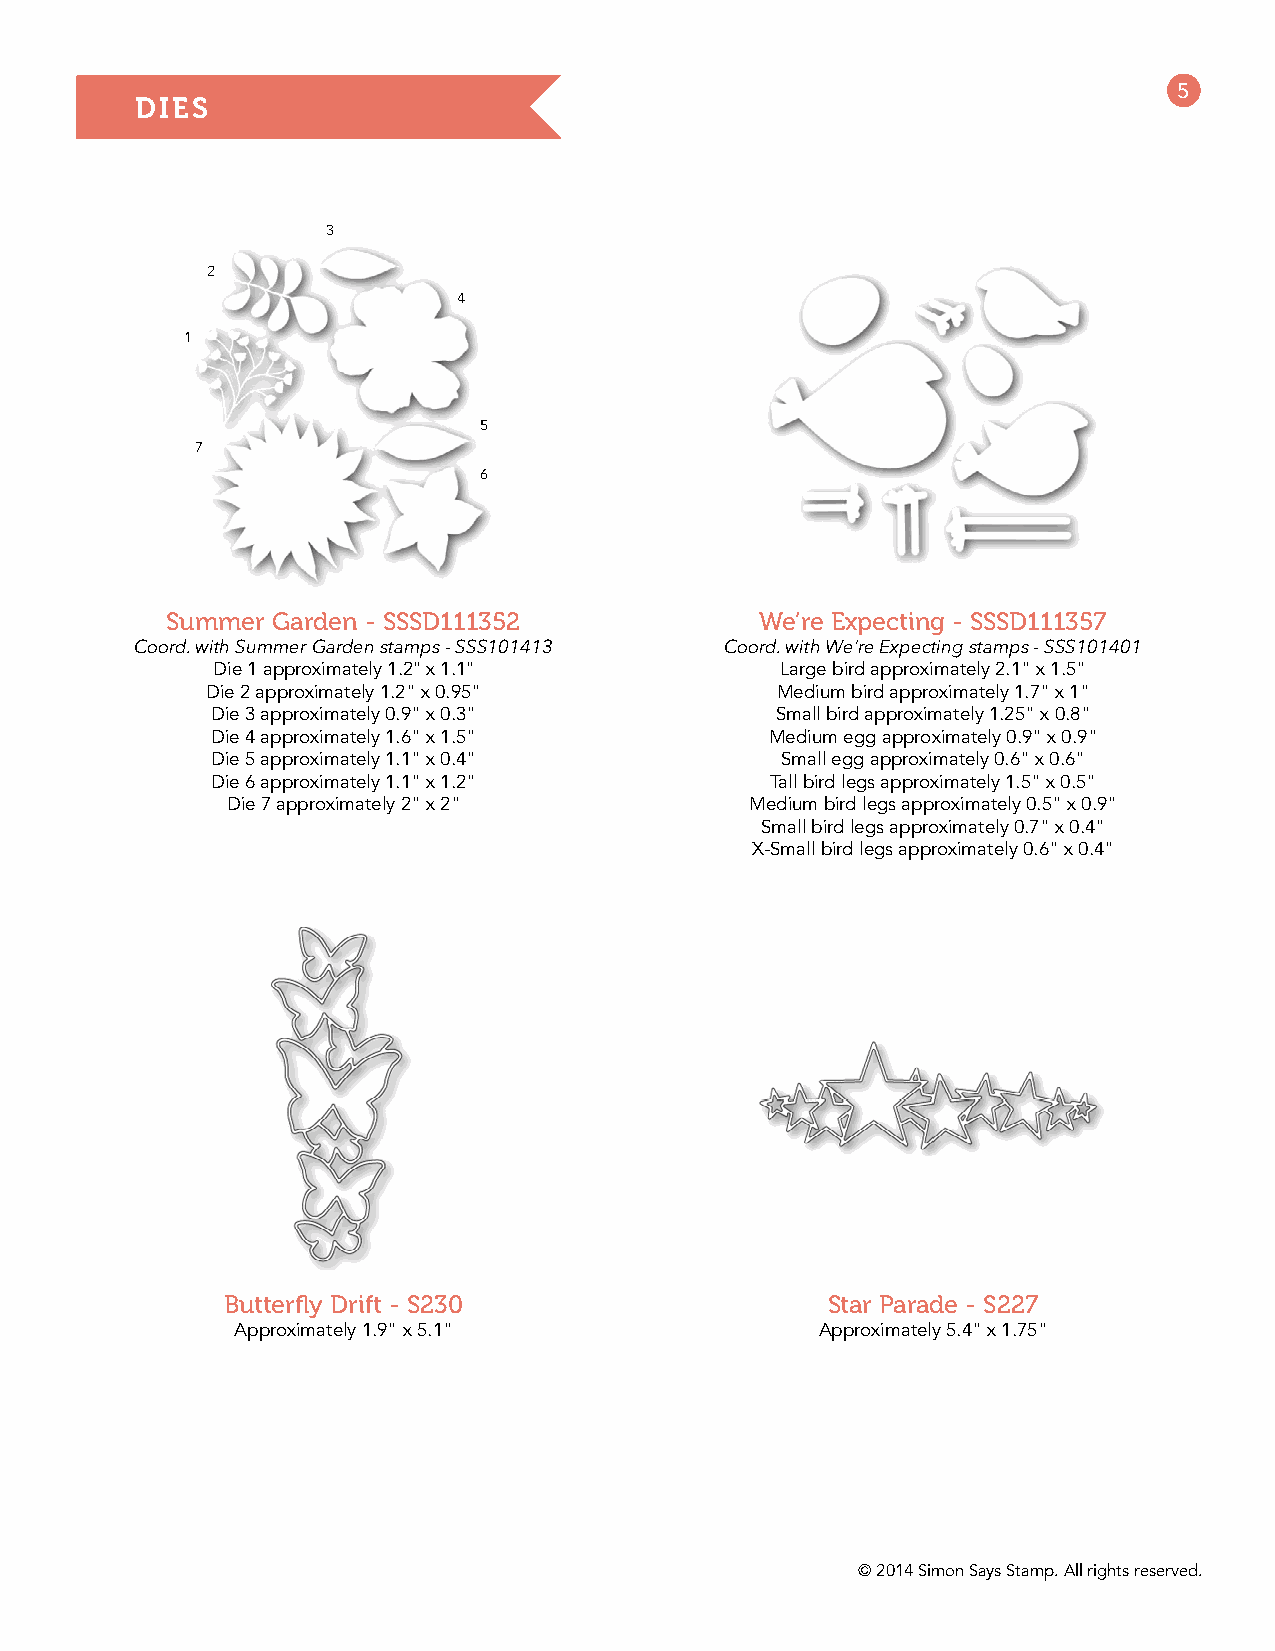
5
 DIES
 3
 2
 4
 1
 5
 7
 6
 Summer Garden - SSSD111352             We’re Expecting - SSSD111357
 Coord. with Summer Garden stamps - SSS101413 Coord. with We’re Expecting stamps - SSS101401
 Die 1 approximately 1.2" x 1.1"       Large bird approximately 2.1" x 1.5"
 Die 2 approximately 1.2" x 0.95"     Medium bird approximately 1.7" x 1"
 Die 3 approximately 0.9" x 0.3"      Small bird approximately 1.25" x 0.8"
 Die 4 approximately 1.6" x 1.5"      Medium egg approximately 0.9" x 0.9"
 Die 5 approximately 1.1" x 0.4"       Small egg approximately 0.6" x 0.6"
 Die 6 approximately 1.1" x 1.2"      Tall bird legs approximately 1.5" x 0.5"
 Die 7 approximately 2" x 2"        Medium bird legs approximately 0.5" x 0.9"
 Small bird legs approximately 0.7" x 0.4"
 X-Small bird legs approximately 0.6" x 0.4"
 Butterfly Drift - S230                  Star Parade - S227
 Approximately 1.9" x 5.1"             Approximately 5.4" x 1.75"
 © 2014 Simon Says Stamp. All rights reserved.